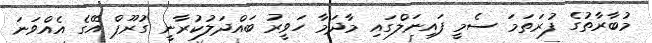
މުބާރާތުގެ ފުރަތަމަ ސެމީ ފައިނަލްގައި މާދަމާ ހަވީރު ބައްދަލުކުރާނީ ގުރޫޕް އޭގެ އެއްވަނަ